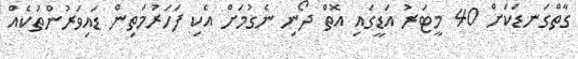
ގާތްގަނޑަކަށް 40 މީޓަރު އަޑީގައި އޮތް ދޯނި ނެގުމަށް އެކި ފަހަރުމަތިން ޑައިވަރުންތަކެއް